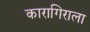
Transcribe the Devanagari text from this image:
कारागिराला